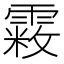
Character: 𩄧